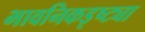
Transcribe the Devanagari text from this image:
भावनिकडृष्ट्या